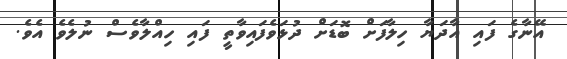
އޭނާގެ ފައި އާދަޔާ ހިލާފަށް ބޮޑަށް ދުޅަވެފައިވާތީ ފައި ހިއްލާވެސް ނުލެވެ އެވެ.